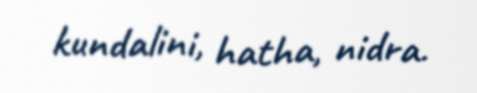
kundalini, hatha, nidra.